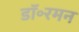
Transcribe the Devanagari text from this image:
डॉ॰रमन